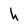
Character: h